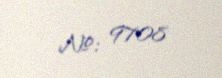
№: 9708